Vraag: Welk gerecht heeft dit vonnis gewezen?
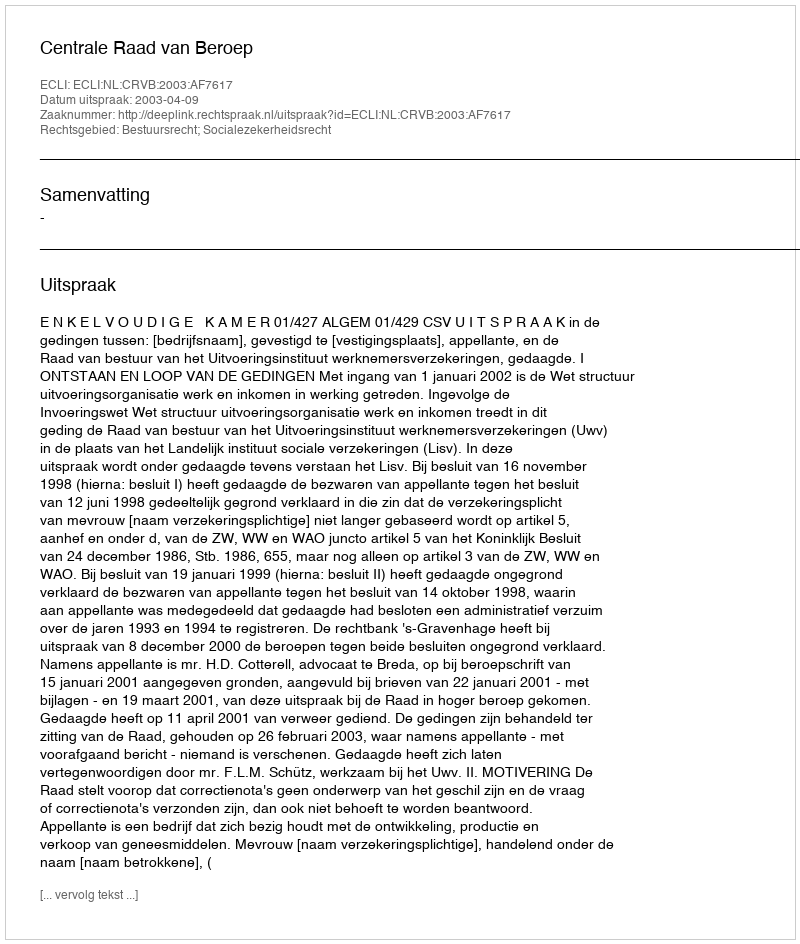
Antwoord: Centrale Raad van Beroep